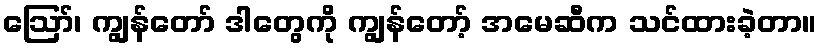
ဪ၊ ကျွန်တော် ဒါတွေကို ကျွန်တော့် အမေဆီက သင်ထားခဲ့တာ။